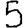
Digit: 5